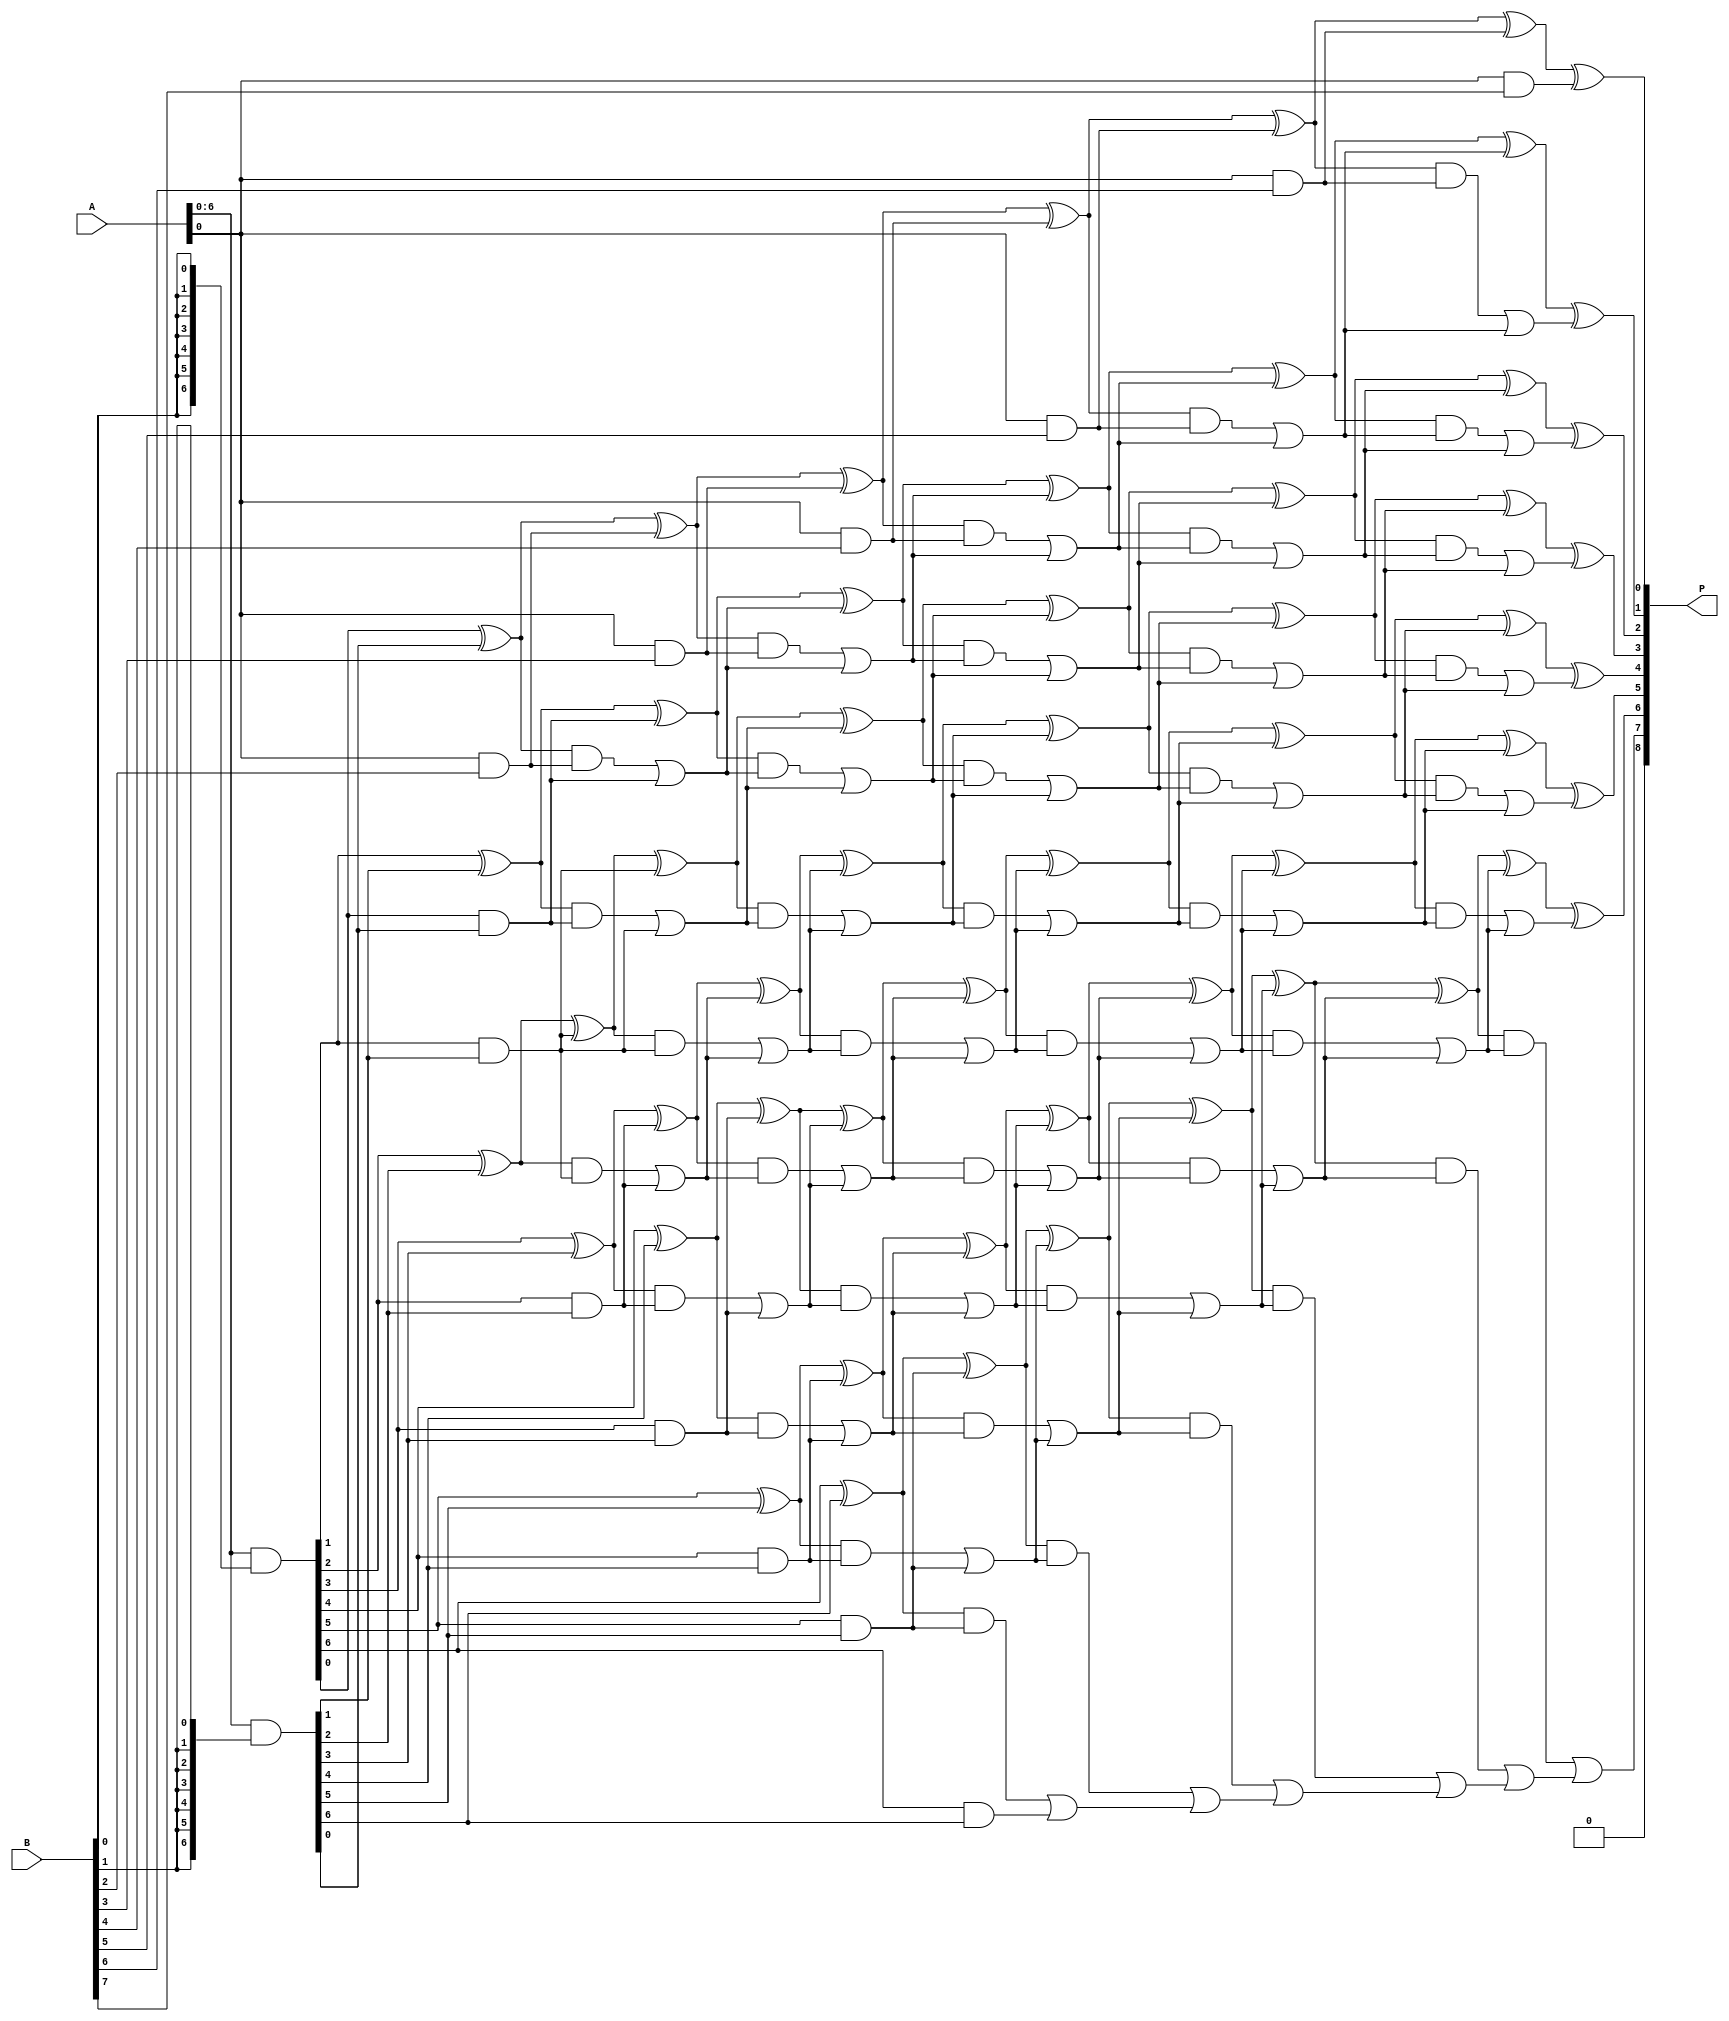
module scalable_wallace_tree_multiplier #(parameter N = 8) (
    input  wire [N-1:0] A,    // First operand
    input  wire [N-1:0] B,    // Second operand
    output wire [2*N-1:0] P   // Product output
);

    // Generate partial products
    wire [N-1:0] pp [0:N-1]; // Partial products
    genvar i, j;
    generate
        for (i = 0; i < N; i = i + 1) begin : partial_product_gen
            assign pp[i] = A & {N{B[i]}}; // AND operation to generate partial products
        end
    endgenerate

    // Wallace tree reduction
    wire [N-1:0] sum [0:N-1]; // Sum wires for each stage
    wire [N-1:0] carry [0:N-1]; // Carry wires for each stage

    // Initial stage: Half adders for the first two bits of each partial product
    generate
        for (i = 0; i < N; i = i + 1) begin : first_stage
            if (i == 0) begin
                assign sum[0][i] = pp[0][i]; // First bit
                assign carry[0][i] = 1'b0; // No carry for the first bit
            end else begin
                assign sum[0][i] = pp[0][i] ^ pp[1][i]; // Sum of first two partial products
                assign carry[0][i] = pp[0][i] & pp[1][i]; // Carry from first two partial products
            end
        end
    endgenerate

    // Wallace tree reduction stages
    generate
        for (i = 1; i < N; i = i + 1) begin : reduction_stages
            for (j = 0; j < N; j = j + 1) begin : adder
                if (j == 0) begin
                    assign sum[i][j] = sum[i-1][j] ^ pp[i][j]; // Sum
                    assign carry[i][j] = (sum[i-1][j] & pp[i][j]) | carry[i-1][j]; // Carry
                end else if (j < N-1) begin
                    assign sum[i][j] = sum[i-1][j] ^ carry[i-1][j-1]; // Sum
                    assign carry[i][j] = (sum[i-1][j] & carry[i-1][j-1]) | carry[i-1][j]; // Carry
                end else begin
                    assign sum[i][j] = carry[i-1][j-1]; // Last carry
                end
            end
        end
    endgenerate

    // Final addition stage
    wire [2*N-1:0] final_sum;
    wire [2*N-1:0] final_carry;

    assign final_sum[0] = sum[N-1][0];
    assign final_carry[0] = 1'b0;

    generate
        for (i = 1; i < 2*N; i = i + 1) begin : final_adder
            if (i < N) begin
                assign final_sum[i] = sum[N-1][i] ^ final_carry[i-1];
                assign final_carry[i] = sum[N-1][i] & final_carry[i-1];
            end else begin
                assign final_sum[i] = final_carry[i-1]; // Last carry
            end
        end
    endgenerate

    // Assign final product
    assign P = final_sum;

endmodule